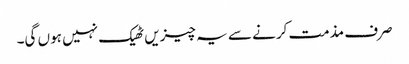
صرف مذمت کرنے سے یہ چیزیں ٹھیک نہیں ہوں گی۔